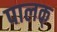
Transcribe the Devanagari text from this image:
पालक्